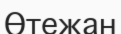
Өтежан